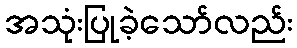
အသုံးပြုခဲ့သော်လည်း